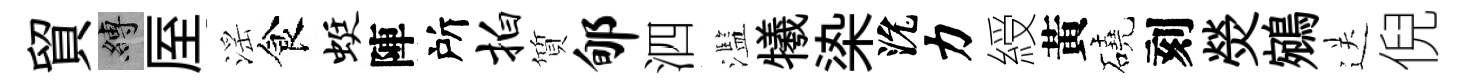
貿縛厔滛食蜓陣所拍質郇泗濫犧𣑱沇力綬黃磽刻熒鵷送倪